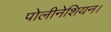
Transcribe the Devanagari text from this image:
पोलीनेशियन।